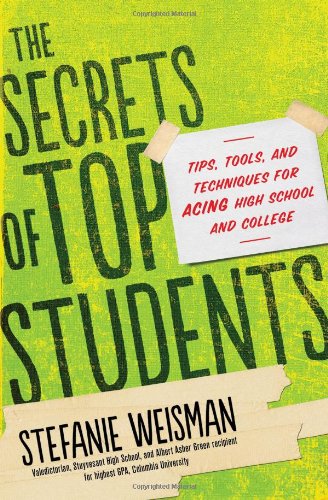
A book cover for The Secrets of Top Students: Tips, Tools, and Techniques for Acing High School and College; Stefanie Weisman; Test Preparation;